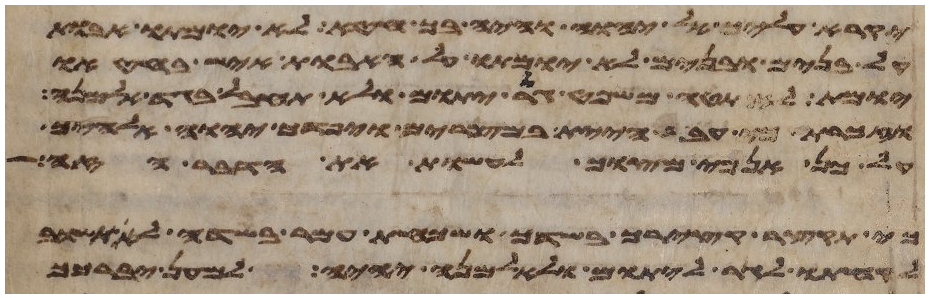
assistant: יקרא עליך אל יהוה והיה בך חטא לא יומתו אבות
על בנים ובנים לא יומתו על האבות איש בחטאו
יומת לא תטה משפט גר יתום ולא תחבל בגד אלמנה
וזכרת כי עבד היית במצרים ויפדך יהוה אלהיך
על כן אנכי מצוך לעשות את הדבר הזה
כי תקצר קצירך בשדך ושכחת עמר בשדה לא תשוב
לקחתו לגר ליתום ולאלמנה יהיה למען יברכך